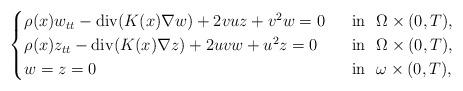
LaTeX: \begin{align*}\begin{cases}\rho(x) w_{tt} - \operatorname{div}(K(x) \nabla w) + 2vuz+v^2w =0 &~\hbox{ in }~ \Omega \times (0,T), \\\rho(x) z_{tt} - \operatorname{div}(K(x) \nabla z) + 2uvw+u^2z=0 &~\hbox{ in }~ \Omega\times (0,T), \\w=z=0 &~\hbox{ in }~ \omega\times(0,T),\end{cases}\end{align*}